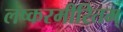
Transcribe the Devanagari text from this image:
लष्करमीरितम्